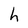
Character: h